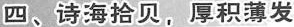
四、诗海拾贝，厚积薄发